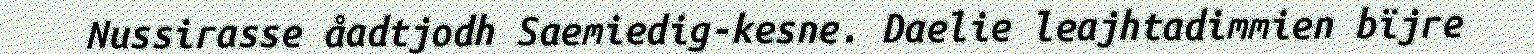
Nussirasse åadtjodh Saemiedig-kesne. Daelie leajhtadimmien bïjre